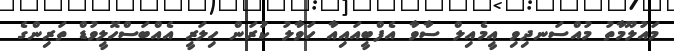
މައުލޫމާތު މުއްސަނދިވި އީމެއިލް ސާވާ އެފްބީއައިއާ ހަވާލު ކުރަން ހިލަރީ އެއްބަސްހޮލީވުޑް ތަރިންގެ